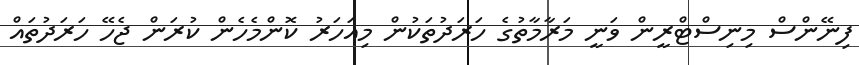
ފިނޭންސް މިނިސްޓްރީން ވަނީ މަރާމާތުގެ ހަރަދުތަކުން މިއަހަރު ކޮންމެހެން ކުރަން ޖެހޭ ހަރަދުތައް